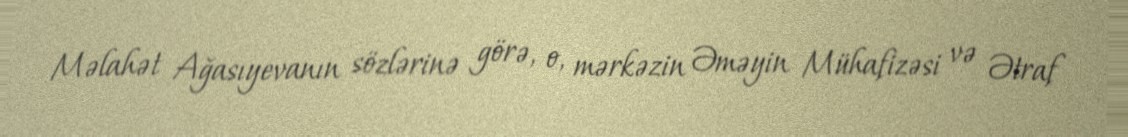
Məlahət Ağasıyevanın sözlərinə görə, o, mərkəzin Əməyin Mühafizəsi və Ətraf